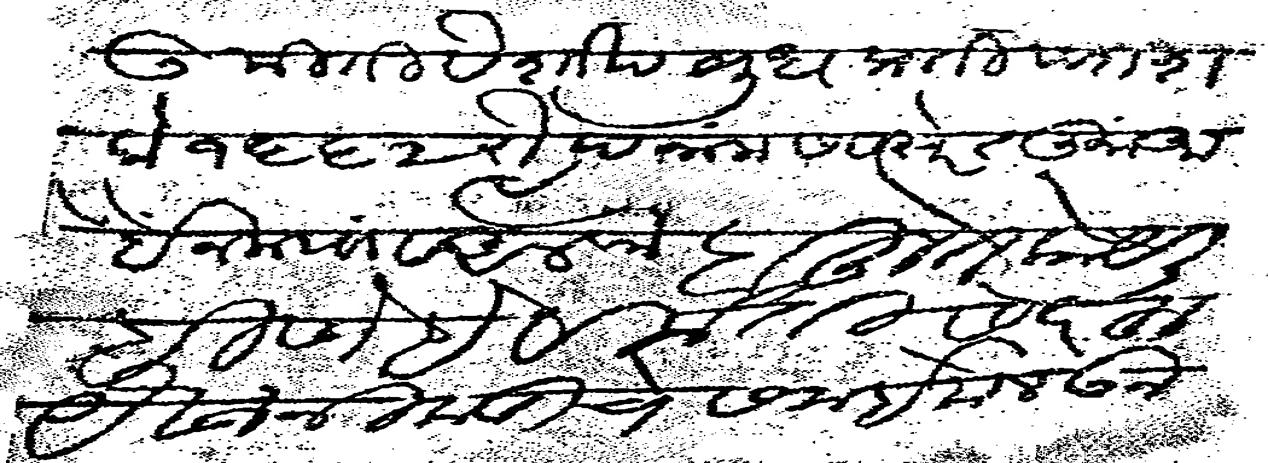
Transliteration (Devanagari): ७ मीती वैशाख शुध प्रतीपदा शके १६६२ रौद्रनाम संवत्सरे सु आबैन मया व अलफे बहुत काये लीहीणे हे विनती सदरहू यैवज निकडीचे समी मेलवून